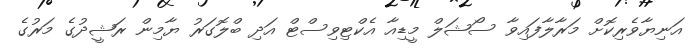
އަނިޔާވެރިކޮށް މަރާލާފައިވާ ސޯޝަލް މީޑިއާ އެކްޓިވިސްޓް އަދި ބްލޮގަރު ޔާމިން ރަޝީދުގެ މަރުގެ